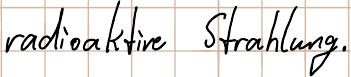
radioaktive Strahlung.